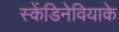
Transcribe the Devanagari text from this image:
स्केंडिनेवियाके